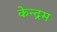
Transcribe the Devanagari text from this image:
केन्द्रम